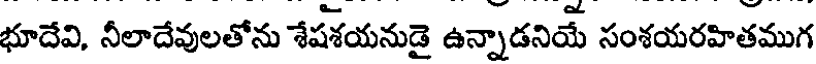
భూదేవి, నీలాదేవులతోను శేషశయనుడై ఉన్నాడనియే సంశయరహితముగ